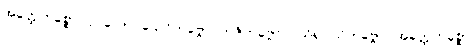
အတ္ထေကစ္စော ပုဂ္ဂလော သေဝိတဗ္ဗော ဘဇိတဗ္ဗော ပယိရုပါသိတဗ္ဗော၊ အတ္ထေကစ္စော